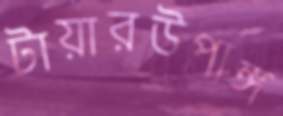
টায়ারউপাঙ্গ